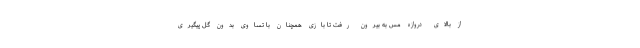
از بالای دروازه مس به بیرون رفت تا بازی همچنان با تساوی بدون گل پیگیری